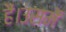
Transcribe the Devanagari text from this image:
हैं।उसमें